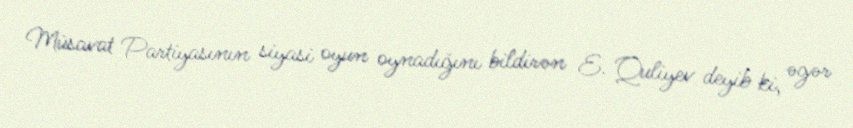
Müsavat Partiyasının siyasi oyun oynadığını bildirən E. Quliyev deyib ki, əgər